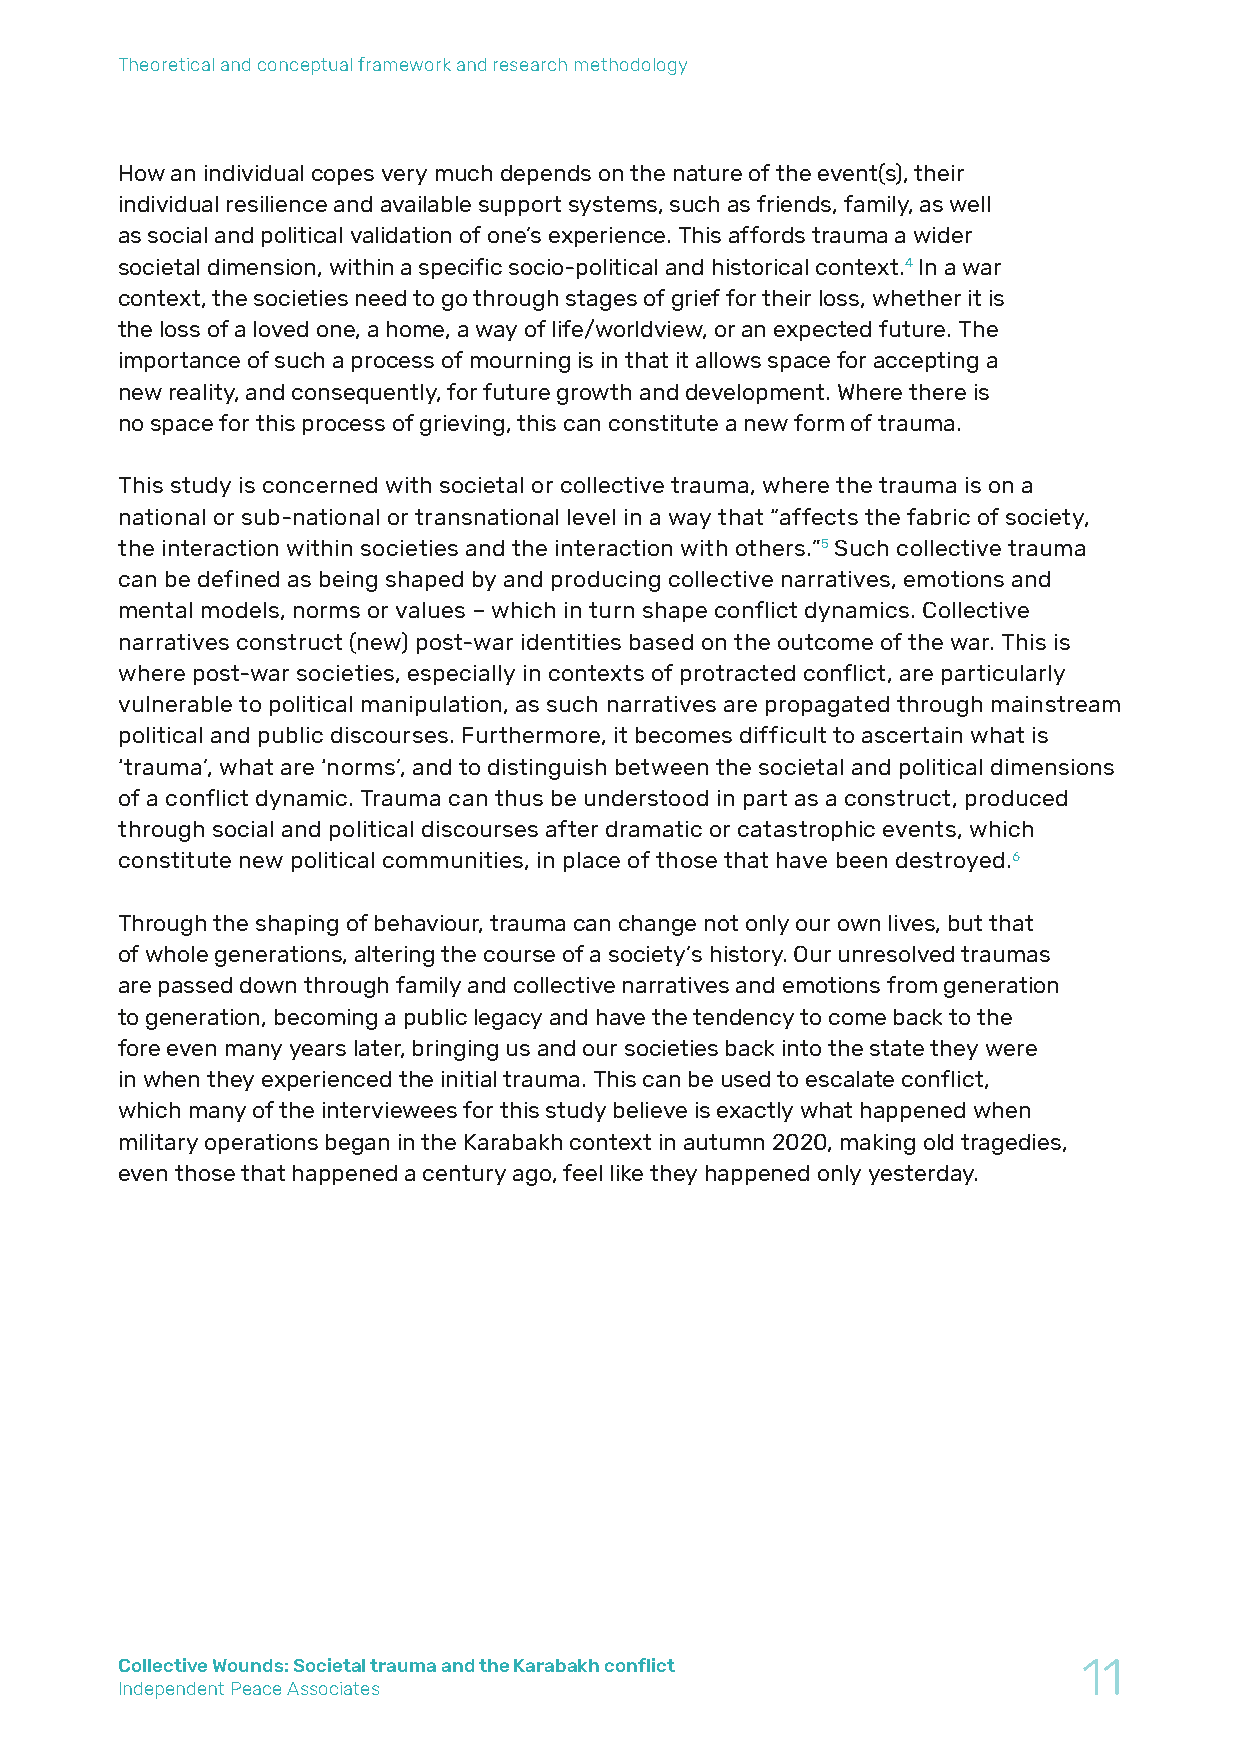
Theoretical and conceptual framework and research methodology
 How an individual copes very much depends on the nature of the event(s), their
 individual resilience and available support systems, such as friends, family, as well
 as social and political validation of one’s experience. This affords trauma a wider
 societal dimension, within a specific socio-political and historical context.4 In a war
 context, the societies need to go through stages of grief for their loss, whether it is
 the loss of a loved one, a home, a way of life/worldview, or an expected future. The
 importance of such a process of mourning is in that it allows space for accepting a
 new reality, and consequently, for future growth and development. Where there is
 no space for this process of grieving, this can constitute a new form of trauma.
 This study is concerned with societal or collective trauma, where the trauma is on a
 national or sub-national or transnational level in a way that “affects the fabric of society,
 the interaction within societies and the interaction with others.”5 Such collective trauma
 can be defined as being shaped by and producing collective narratives, emotions and
 mental models, norms or values – which in turn shape conflict dynamics. Collective
 narratives construct (new) post-war identities based on the outcome of the war. This is
 where post-war societies, especially in contexts of protracted conflict, are particularly
 vulnerable to political manipulation, as such narratives are propagated through mainstream
 political and public discourses. Furthermore, it becomes difficult to ascertain what is
 ‘trauma’, what are ‘norms’, and to distinguish between the societal and political dimensions
 of a conflict dynamic. Trauma can thus be understood in part as a construct, produced
 through social and political discourses after dramatic or catastrophic events, which
 constitute new political communities, in place of those that have been destroyed.6
 Through the shaping of behaviour, trauma can change not only our own lives, but that
 of whole generations, altering the course of a society’s history. Our unresolved traumas
 are passed down through family and collective narratives and emotions from generation
 to generation, becoming a public legacy and have the tendency to come back to the
 fore even many years later, bringing us and our societies back into the state they were
 in when they experienced the initial trauma. This can be used to escalate conflict,
 which many of the interviewees for this study believe is exactly what happened when
 military operations began in the Karabakh context in autumn 2020, making old tragedies,
 even those that happened a century ago, feel like they happened only yesterday.
 Collective Wounds: Societal trauma and the Karabakh conflict    11
 Independent Peace Associates